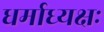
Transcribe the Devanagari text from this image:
धर्माध्यक्षः